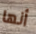
أنها